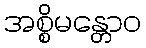
အစ္စိမန္တောဝ